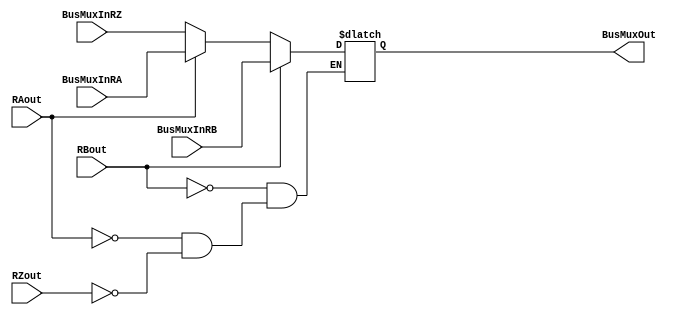
module Bus (
	//Mux
	input [7:0]BusMuxInRZ, input [7:0]BusMuxInRA, input [7:0]BusMuxInRB,
	//Encoder
	input RZout, RAout, RBout,

	output wire [7:0]BusMuxOut
);

reg [7:0]q;

always @ (*) begin
	if(RZout) q = BusMuxInRZ;
	if(RAout) q = BusMuxInRA;
	if(RBout) q = BusMuxInRB;
end
assign BusMuxOut = q;
endmodule